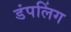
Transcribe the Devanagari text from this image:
डंपलिंग